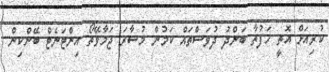
ކުރިއަށް އޮތީ ހަފުތާ ބަންދު ދުވަސްތައް ކަމުން މުސާރަ ޖަމާވޭތޯ އިންޓަނެޓް ބޭންކިން